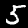
Digit: 5